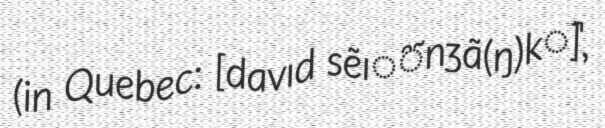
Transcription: (in Quebec: [davɪd sẽɪ̯̃nʒã(ŋ)k̚],